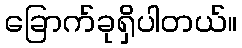
ခြောက်ခုရှိပါတယ်။